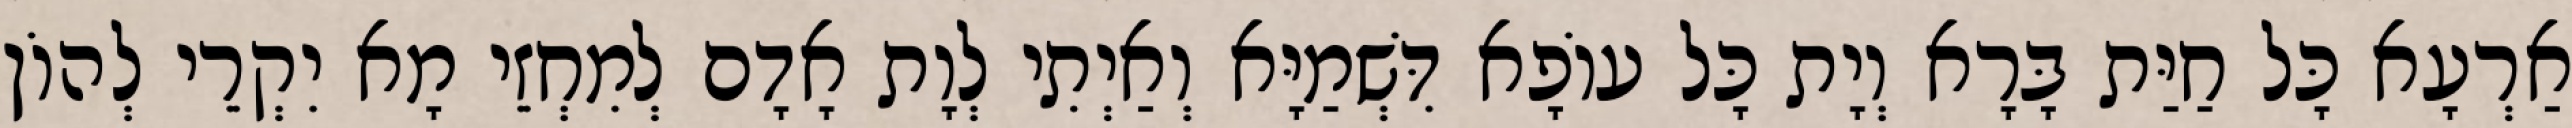
אַרְעָא כָּל חַיַּת בָּרָא וְיָת כָּל עוֹפָא דִּשְׁמַיָּא וְאַיְתִי לְוָת אָדָם לְמִחְזֵי מָא יִקְרֵי לְהוֹן